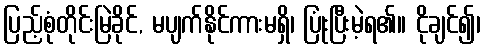
ပြည့်စုံတိုင်းမြဲခိုင်, မပျက်နိုင်ကားမရှိ၊ ပြုံးပြီးမဲ့ရ၏။ ငိုချင်၍၊